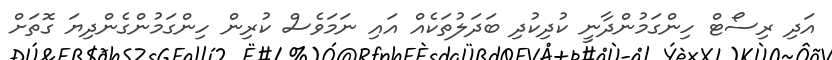
އަދި ރިސޯޓް ހިންގަމުންދާނީ ކުދިކުދި ބަދަލުތަކެއް އައި ނަމަވެސް ކުރިން ހިންގަމުންގެންދިޔަ ގޮތަށް